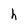
Character: h